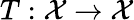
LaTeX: T:\mathcal{X}\rightarrow\mathcal{X}